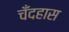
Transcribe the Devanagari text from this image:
चँदहास